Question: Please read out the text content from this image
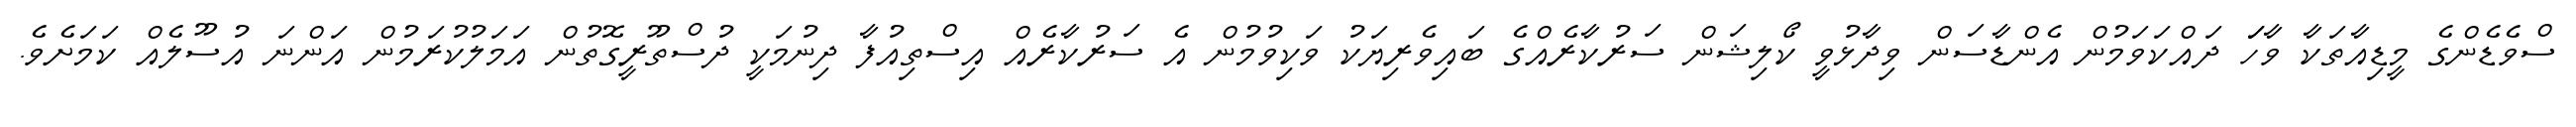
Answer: ސްވެޑެންގެ މީޑިއާތަކާ ވާހަަ ދައްކަވަމުން އެންޑާސަން ވިދާޅުވީ ކޯލިޝަން ސަރުކާރެއްގެ ބައިވެރިޔަކު ވަކިވުމުން އެ ސަރުކާރެއް އިސްތިއުފާ ދިނުމަކީ ދުސްތޫރީގޮތުން އަމަލުކުރަމުން އަންނަ އުސޫލެއް ކަމަށެވެ.